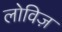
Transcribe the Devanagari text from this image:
लोविज़